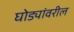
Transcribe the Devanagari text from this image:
घोड्यांवरील